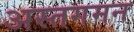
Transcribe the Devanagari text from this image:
अस्तगमन